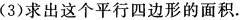
你的答案唯一吗?(3)求出这个平行四边形的面积。